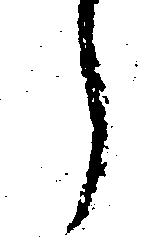
う